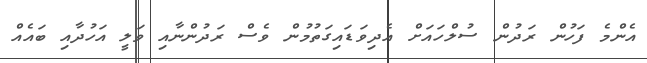
އެންމެ ފަހުން ރަދުން ސުލްހައަށް އެދިވަޑައިގަތުމުން ވެސް ރަދުންނާއި ވަލީ އަހުދާއި ބައެއް